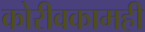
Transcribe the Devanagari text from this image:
कोरीवकामही